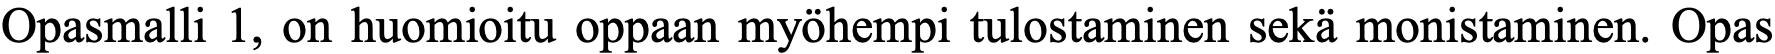
Opasmalli 1, on huomioitu oppaan myöhempi tulostaminen sekä monistaminen. Opas